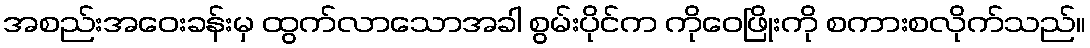
အစည်းအဝေးခန်းမှ ထွက်လာသောအခါ စွမ်းပိုင်က ကိုဝေဖြိုးကို စကားစလိုက်သည်။